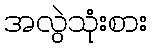
အလွဲသုံးစား